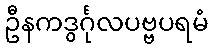
ဦနကဒွင်္ဂုလပဗ္ဗပရမံ